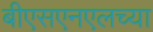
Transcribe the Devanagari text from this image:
बीएसएनएलच्या